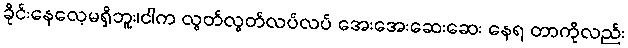
ခိုင်းနေလေ့မရှိဘူး၊ငါက လွတ်လွတ်လပ်လပ် အေးအေးဆေးဆေး နေရ တာကိုလည်း